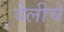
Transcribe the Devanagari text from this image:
वेलीचे